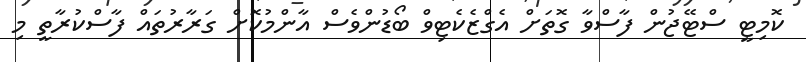
ކޮމިޓީ ސްޓޭޖުން ފާސްވާ ގޮތަށް އެގްޒެކެޓިވް ބޯޑުންވެސް އާންމުކޮށް ގަރާރުތައް ފާސްކުރާތީ މި